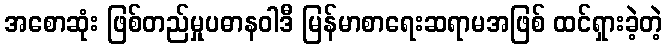
အစောဆုံး ဖြစ်တည်မှုပဓာနဝါဒီ မြန်မာစာရေးဆရာမအဖြစ် ထင်ရှားခဲ့တဲ့